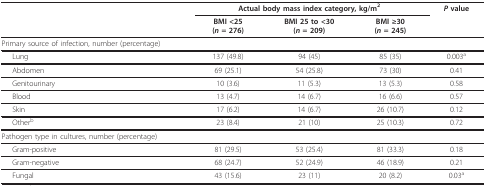
<table><thead><tr><td></td><td colspan="3"><b>Actual body mass index category, kg/m<sup>2</sup></b></td><td><b><i>P </i>value</b></td></tr><tr><td></td><td><b>BMI &lt;25(<i>n </i>= 276)</b></td><td><b>BMI 25 to &lt;30(<i>n </i>= 209)</b></td><td><b>BMI ≥30(<i>n </i>= 245)</b></td><td></td></tr></thead><tbody><tr><td>Primary source of infection, number (percentage)</td><td></td><td></td><td></td><td></td></tr><tr><td>Lung</td><td>137 (49.8)</td><td>94 (45)</td><td>85 (35)</td><td>0.003<sup>a</sup></td></tr><tr><td>Abdomen</td><td>69 (25.1)</td><td>54 (25.8)</td><td>73 (30)</td><td>0.41</td></tr><tr><td>Genitourinary</td><td>10 (3.6)</td><td>11 (5.3)</td><td>13 (5.3)</td><td>0.58</td></tr><tr><td>Blood</td><td>13 (4.7)</td><td>14 (6.7)</td><td>16 (6.6)</td><td>0.57</td></tr><tr><td>Skin</td><td>17 (6.2)</td><td>14 (6.7)</td><td>26 (10.7)</td><td>0.12</td></tr><tr><td>Other<sup>b</sup></td><td>23 (8.4)</td><td>21 (10)</td><td>25 (10.3)</td><td>0.72</td></tr><tr><td>Pathogen type in cultures, number (percentage)</td><td></td><td></td><td></td><td></td></tr><tr><td>Gram-positive</td><td>81 (29.5)</td><td>53 (25.4)</td><td>81 (33.3)</td><td>0.18</td></tr><tr><td>Gram-negative</td><td>68 (24.7)</td><td>52 (24.9)</td><td>46 (18.9)</td><td>0.21</td></tr><tr><td>Fungal</td><td>43 (15.6)</td><td>23 (11)</td><td>20 (8.2)</td><td>0.03<sup>a</sup></td></tr></tbody></table>